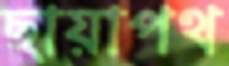
ছায়াপথ